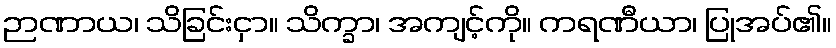
ဉာဏာယ၊ သိခြင်းငှာ။ သိက္ခာ၊ အကျင့်ကို။ ကရဏီယာ၊ ပြုအပ်၏။